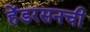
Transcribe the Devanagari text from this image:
हेंडरसनची